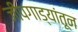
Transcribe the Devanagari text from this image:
जीपगाड्यांतून